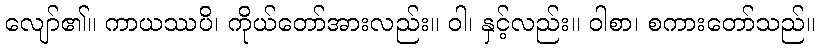
လျော်၏။ ကာယဿပိ၊ ကိုယ်တော်အားလည်း။ ဝါ၊ နှင့်လည်း။ ဝါစာ၊ စကားတော်သည်။